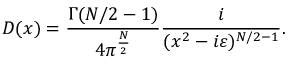
D ( x ) = \frac { \Gamma ( N / 2 - 1 ) } { 4 \pi ^ { \frac { N } { 2 } } } \frac { i } { ( x ^ { 2 } - i \varepsilon ) ^ { N / 2 - 1 } } .